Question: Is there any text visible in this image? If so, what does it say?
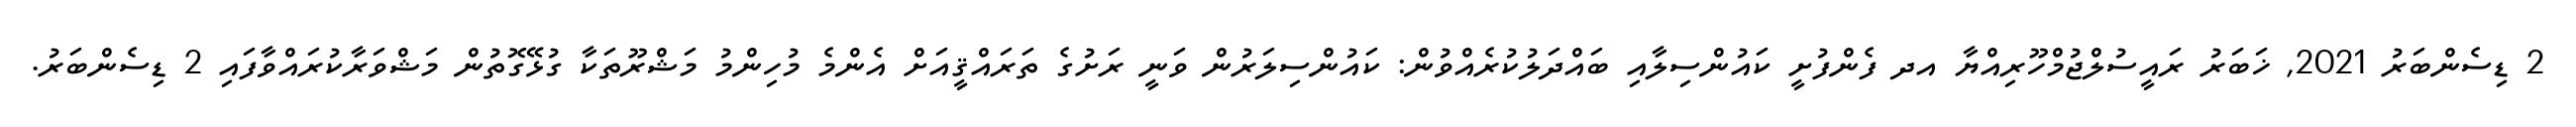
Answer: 2 ޑިސެންބަރު 2021, ޚަބަރު ރައީސުލްޖުމްހޫރިއްޔާ އދ ފެންފުށީ ކައުންސިލާއި ބައްދަލުކުރެއްވުން: ކައުންސިލަރުން ވަނީ ރަށުގެ ތަރައްޤީއަށް އެންމެ މުހިންމު މަޝްރޫތަކާ ގުޅޭގޮތުން މަޝްވަރާކުރައްވާފައި 2 ޑިސެންބަރު.